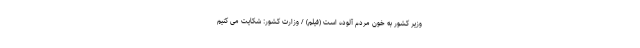
وزیر کشور به خون مردم آلوده است (فیلم) / وزارت کشور: شکایت می کنیم